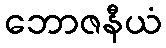
ဘောဇနီယံ